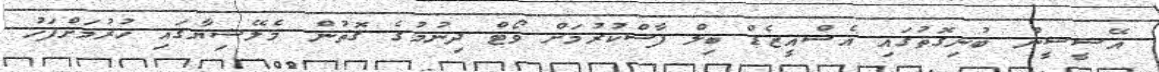
އޭސީސީން ބުނިގޮތުގައި އެސްއީޒެޑް ބިލް ފާސްކުރުމަށް ވޯޓް ދިނުމުގެ ގޮތުން މެލޭޝިޔާގައި ހުރުމަށްފަހު